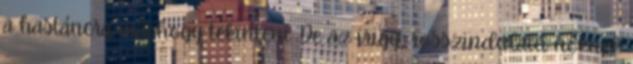
a hastáncra máshogy tekinteni. De az irigy, rosszindulatú nőknek